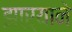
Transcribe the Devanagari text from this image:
झाऱ्याने